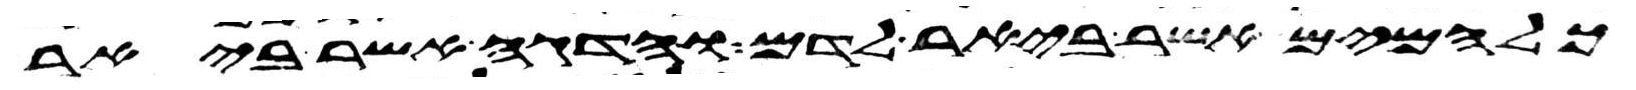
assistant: כל המים אשר ביאר לדם והדגה אשר ביאר